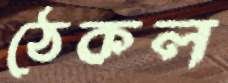
ঠেকল